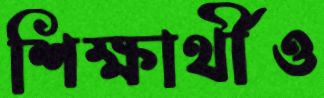
শিক্ষার্থীও